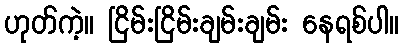
ဟုတ်ကဲ့။ ငြိမ်းငြိမ်းချမ်းချမ်း နေရစ်ပါ။